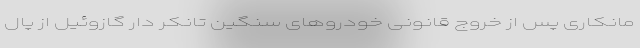
مانکاری پس از خروج قانونی خودروهای سنگین تانکر دار گازوئیل از پال